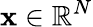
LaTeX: \mathbf{x}\in\mathbb{R}^{N}